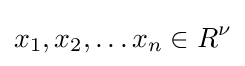
x_{1},x_{2},\ldots x_{n}\in R^{\nu }